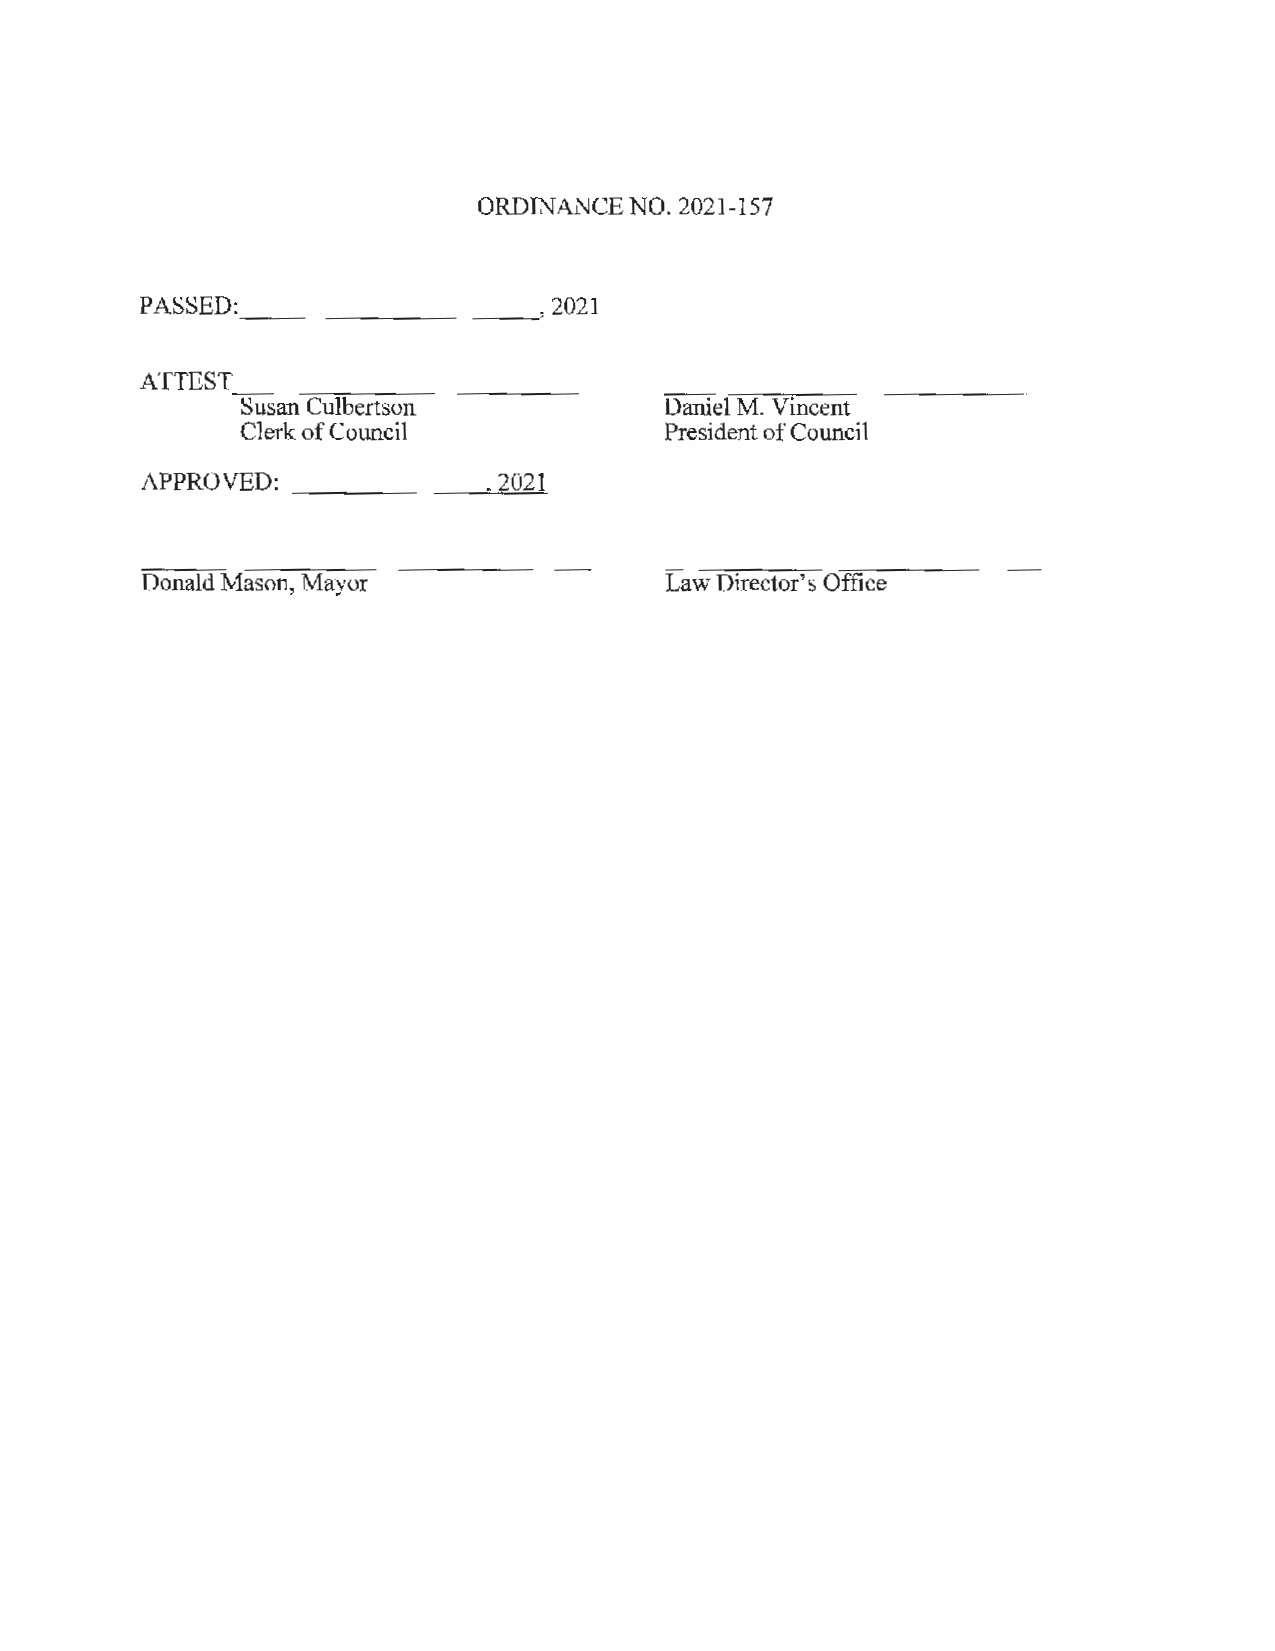
ORDINANCE NO. 2021-157
 PASSED: _________          , 2021
 ATTEST
 ------------
 Sus an Culbertson           Daniel M. Vincent
 Clerk of Council            President of Council
 APPROVED: -----~2~02~1
 Donald Mason, Mayor                Law Director's Office